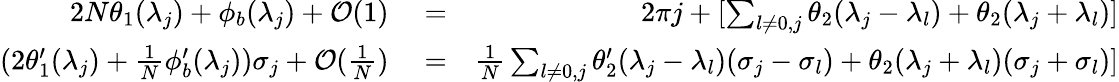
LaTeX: \begin{array}{rlr}{2N\theta_{1}(\lambda_{j})+\phi_{b}(\lambda_{j})+\mathcal{O}(1)}&{{}=}&{2\pi j+[\sum_{l\neq 0,j}\theta_{2}(\lambda_{j}-\lambda_{l})+\theta_{2}(\lambda_{j}+\lambda_{l})]}\\ {(2\theta_{1}^{\prime}(\lambda_{j})+\frac{1}{N}\phi_{b}^{\prime}(\lambda_{j}))\sigma_{j}+\mathcal{O}(\frac{1}{N})}&{{}=}&{\frac{1}{N}\sum_{l\neq 0,j}\theta_{2}^{\prime}(\lambda_{j}-\lambda_{l})(\sigma_{j}-\sigma_{l})+\theta_{2}(\lambda_{j}+\lambda_{l})(\sigma_{j}+\sigma_{l})]}\end{array}